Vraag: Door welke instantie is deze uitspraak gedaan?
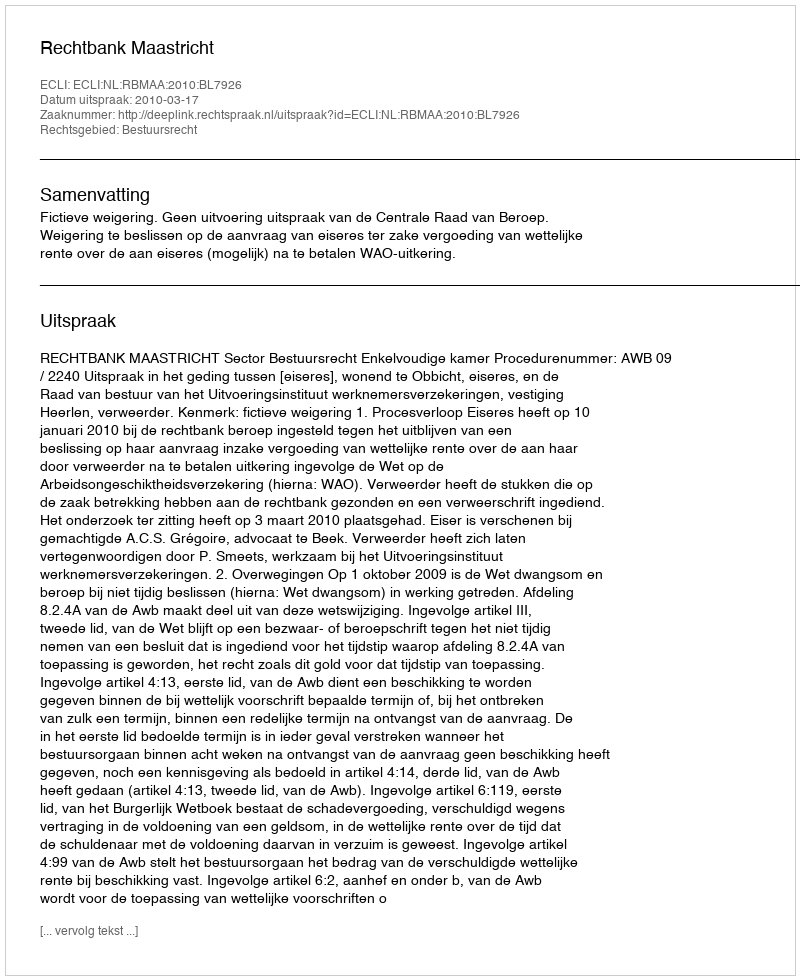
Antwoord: Rechtbank Maastricht